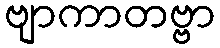
ဗျာကာတဗ္ဗာ